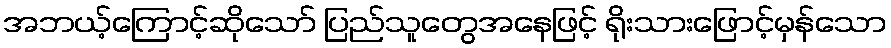
အဘယ့်ကြောင့်ဆိုသော် ပြည်သူတွေအနေဖြင့် ရိုးသားဖြောင့်မှန်သော